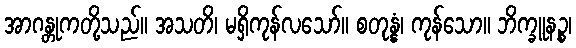
အာဂန္တုကတို့သည်။ အသတိ၊ မရှိကုန်လသော်။ စတုန္နံ၊ ကုန်သော။ ဘိက္ခူနဉ္စ၊